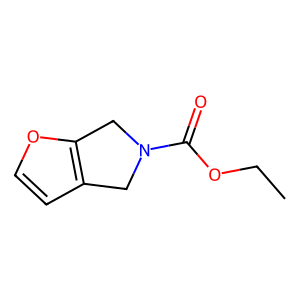
SMILES: CCOC(=O)N1Cc2ccoc2C1
Inhibits HIV replication: No